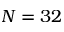
N = 3 2